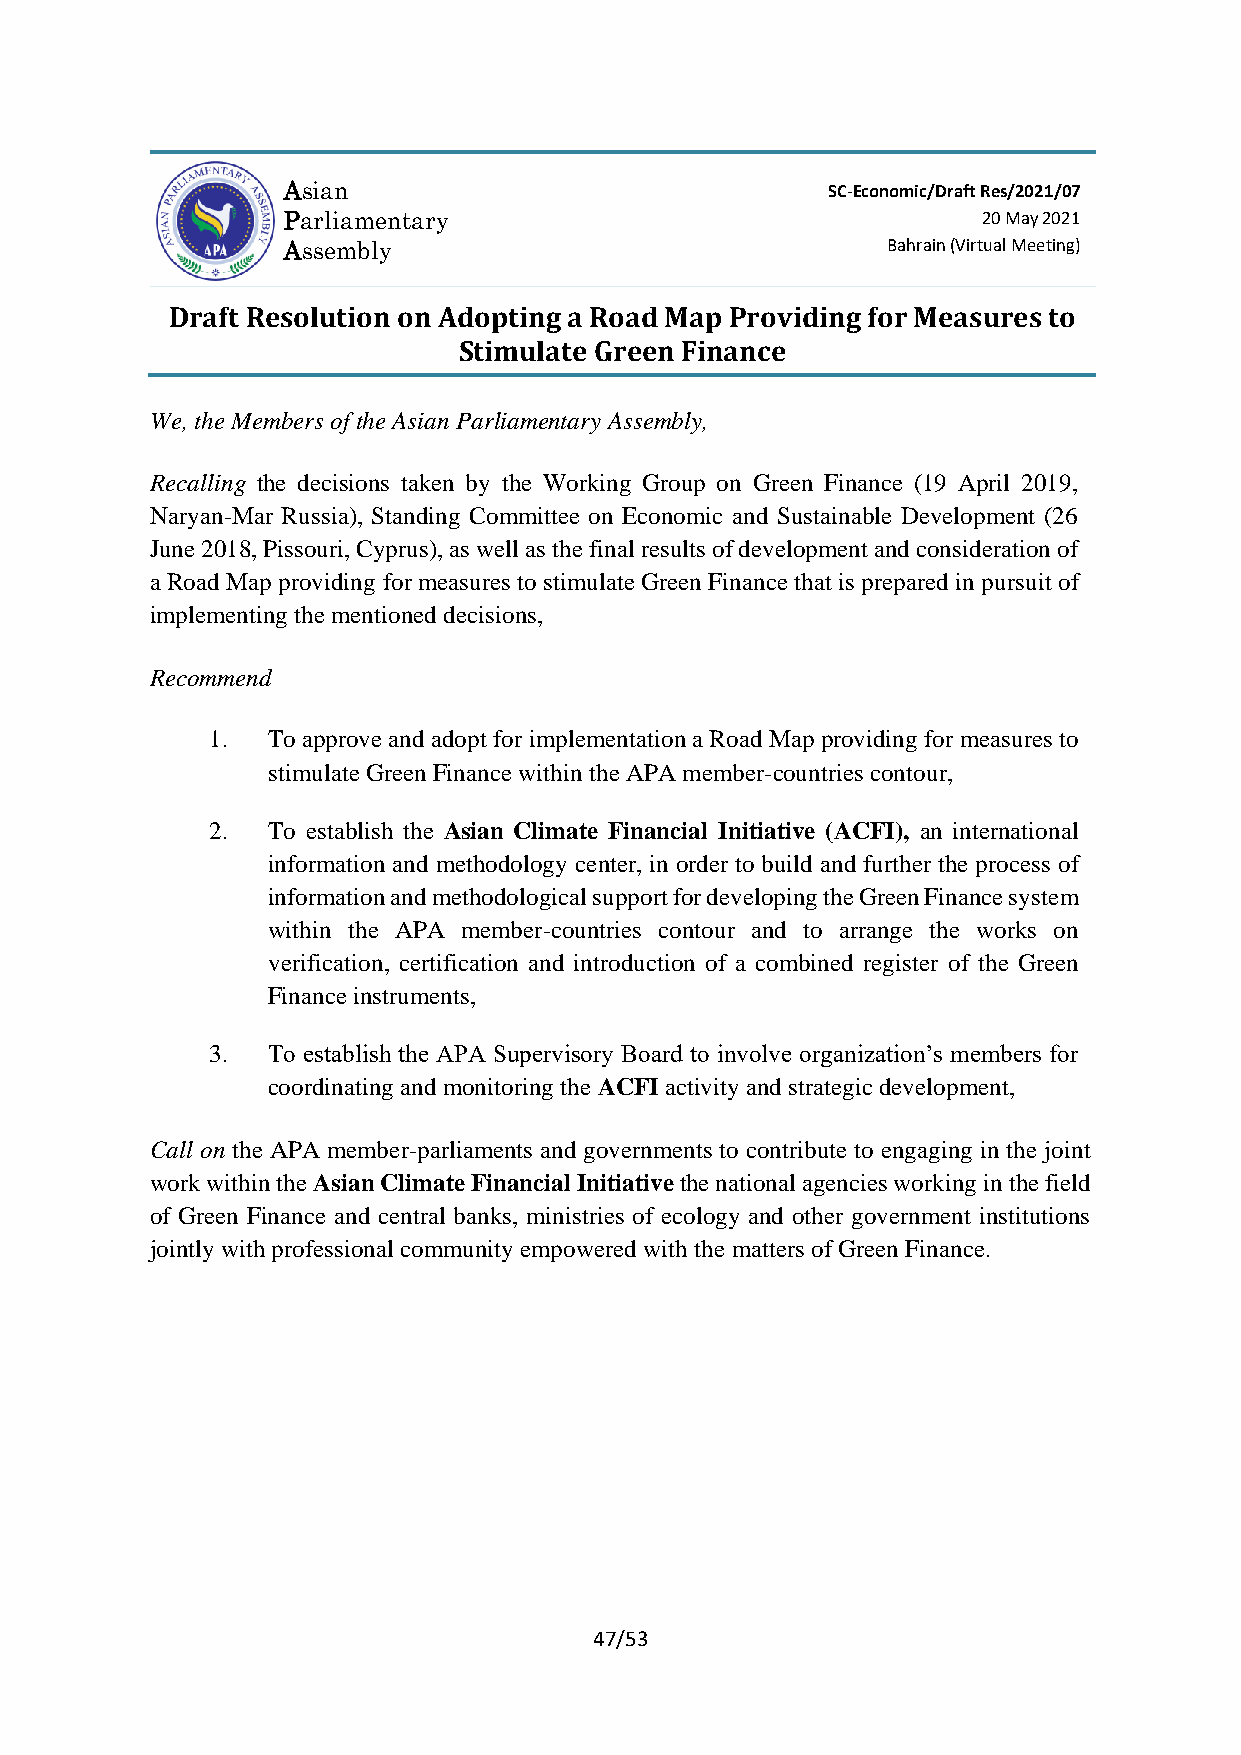
Asian                               SC-Economic/Draft Res/2021/07
 Parliamentary                                 20 May 2021
 Assembly                                Bahrain (Virtual Meeting)
 Draft Resolution on Adopting a Road Map Providing for Measures to
 Stimulate Green Finance
 We, the Members of the Asian Parliamentary Assembly,
 Recalling the decisions taken by the Working Group on Green Finance (19 April 2019,
 Naryan-Mar Russia), Standing Committee on Economic and Sustainable Development (26
 June 2018, Pissouri, Cyprus), as well as the final results of development and consideration of
 a Road Map providing for measures to stimulate Green Finance that is prepared in pursuit of
 implementing the mentioned decisions,
 Recommend
 1.  To approve and adopt for implementation a Road Map providing for measures to
 stimulate Green Finance within the APA member-countries contour,
 2.  To establish the Asian Climate Financial Initiative (ACFI), an international
 information and methodology center, in order to build and further the process of
 information and methodological support for developing the Green Finance system
 within the APA member-countries contour and to arrange the works on
 verification, certification and introduction of a combined register of the Green
 Finance instruments,
 3.  To establish the APA Supervisory Board to involve organization’s members for
 coordinating and monitoring the ACFI activity and strategic development,
 Call on the APA member-parliaments and governments to contribute to engaging in the joint
 work within the Asian Climate Financial Initiative the national agencies working in the field
 of Green Finance and central banks, ministries of ecology and other government institutions
 jointly with professional community empowered with the matters of Green Finance.
 47/53